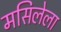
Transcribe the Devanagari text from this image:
मसिलेला